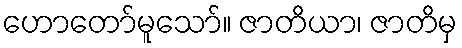
ဟောတော်မူသော်။ ဇာတိယာ၊ ဇာတိမှ